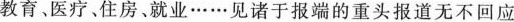
教育、医疗、住房、就业……见诸于报端的重头报道无不回应